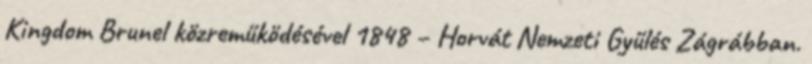
Kingdom Brunel közreműködésével 1848 – Horvát Nemzeti Gyűlés Zágrábban.